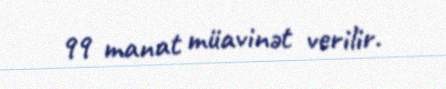
99 manat müavinət verilir.